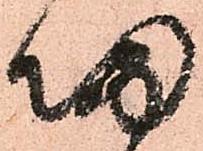
帰